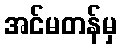
အင်မတန်မှ